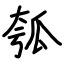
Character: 瓠